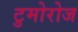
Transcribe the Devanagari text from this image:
टुमोरोज